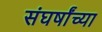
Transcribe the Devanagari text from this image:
संघर्षांच्या